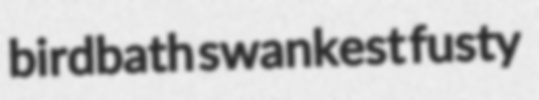
birdbath swankest fusty